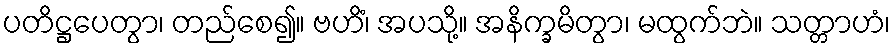
ပတိဋ္ဌပေတွာ၊ တည်စေ၍။ ဗဟိံ၊ အပသို့။ အနိက္ခမိတွာ၊ မထွက်ဘဲ။ သတ္တာဟံ၊